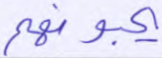
يحبونهم